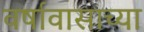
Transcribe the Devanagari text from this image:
वर्षावासाच्या